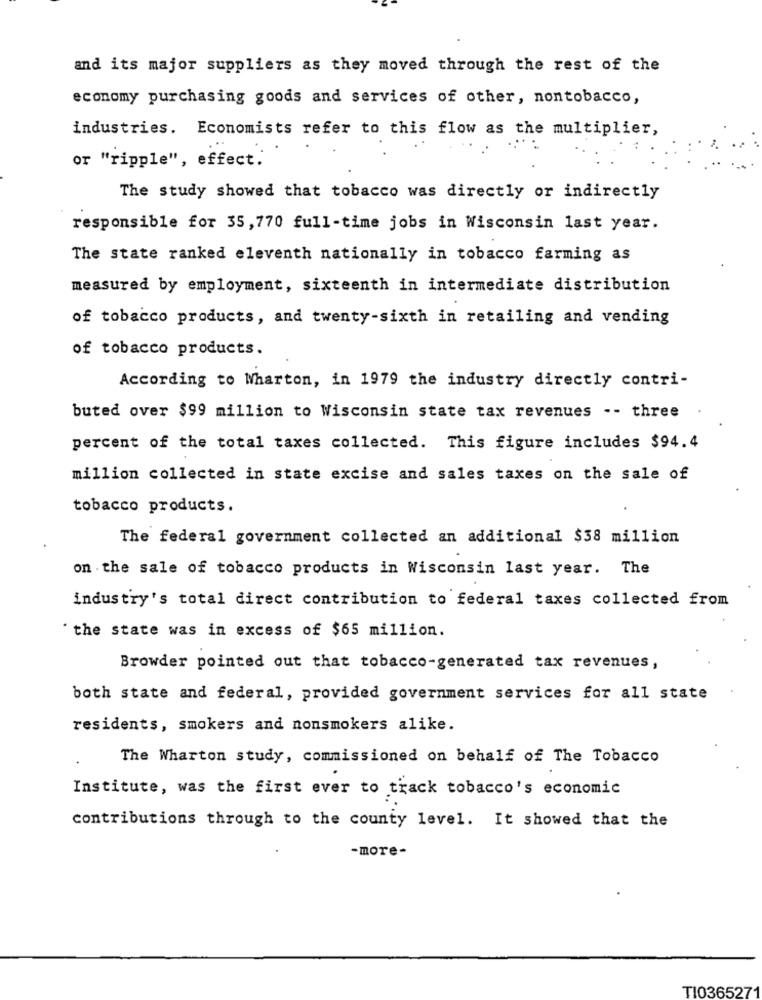
and its major suppliers as they moved through the rest of the
economy purchasing goods and services of other, nontobacco,
industries. Economists refer to this flow as the multiplier,
or "ripple", effect.
The study showed that tobacco was directly or indirectly
responsible for 35, 770 full-time jobs in Wisconsin last year.
The state ranked eleventh nationally in tobacco farming as
measured by employment, sixteenth in intermediate distribution
of tobacco products, and twenty-sixth in retailing and vending
of tobacco products.
According to Wharton, in 1979 the industry directly contri-
buted over $99 million to Wisconsin state tax revenues -- three
percent of the total taxes collected. This figure includes $94.4
million collected in state excise and sales taxes on the sale of
tobacco products.
The federal government collected an additional $38 million
on the sale of tobacco products in Wisconsin last year. The
industry's total direct contribution to federal taxes collected from
"the state was in excess of $65 million.
Browder pointed out that tobacco-generated tax revenues,
both state and federal, provided government services for all state
residents, smokers and nonsmokers alike.
The Wharton study, commissioned on behalf of The Tobacco
Institute, was the first ever to track tobacco's economic
contributions through to the county level. It showed that the
-more-
TI0365271